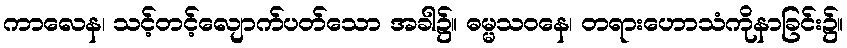
ကာလေန၊ သင့်တင့်လျောက်ပတ်သော အခါ၌။ ဓမ္မသဝနေ၊ တရားဟောသံကိုနာခြင်း၌။